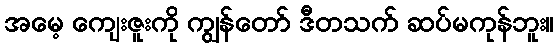
အမေ့ ကျေးဇူးကို ကျွန်တော် ဒီတသက် ဆပ်မကုန်ဘူး။